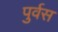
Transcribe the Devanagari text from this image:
पुर्वस